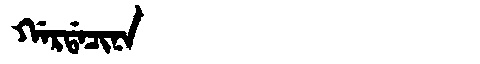
Manchu: ᡤᠠᡵᡩᠠᠴᡳᠨᠠ
Romanization: GARDACINA